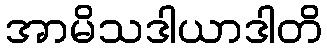
အာမိသဒါယာဒါတိ